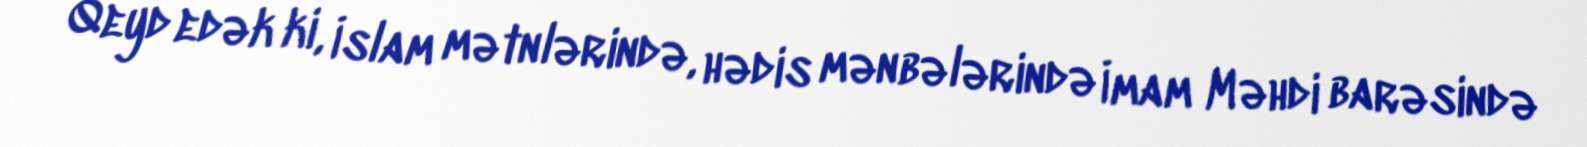
Qeyd edək ki, İslam mətnlərində, hədis mənbələrində İmam Məhdi barəsində